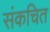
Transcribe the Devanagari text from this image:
संकचित